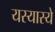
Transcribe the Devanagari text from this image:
यस्यास्ये